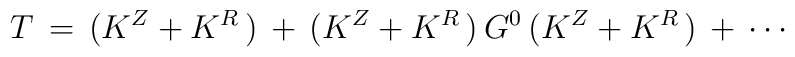
T\,=\,(K^Z+K^R\,)\,+\,(K^Z+K^R\,)\,G^0\,(K^Z+K^R\,)\,+\,\cdots